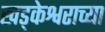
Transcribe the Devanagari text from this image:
खड्केश्वराच्या